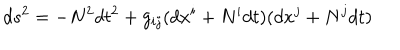
LaTeX: d s ^ { 2 } = - N ^ { 2 } d t ^ { 2 } + g _ { i j } ( d x ^ { i } + N ^ { i } d t ) ( d x ^ { j } + N ^ { j } d t )